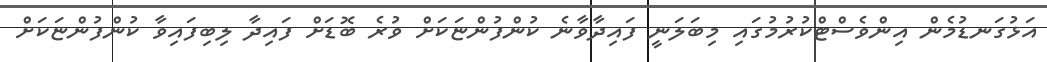
އަޅުގަނޑުމެން އިންވެސްޓްކުރުމުގައި މިބަލަނީ ފައިދާވާނެ ކުންފުންޏަކަށް ވުރެ ބޮޑަށް ފައިދާ ލިބިފައިވާ ކުންފުންޏަކަށް